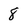
Character: 8